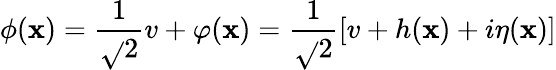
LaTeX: \phi(\mathbf{x})={\frac{{1}}{{\sqrt{}{2}}}}v+\varphi(\mathbf{x})={\frac{{1}}{{\sqrt{}{2}}}}[v+h(\mathbf{x})+i\eta(\mathbf{x})]